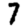
Digit: 7